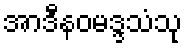
အာဒီနဝမဒ္ဒသံသု